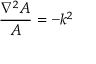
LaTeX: { \frac { \nabla ^ { 2 } A } { A } } = - k ^ { 2 }